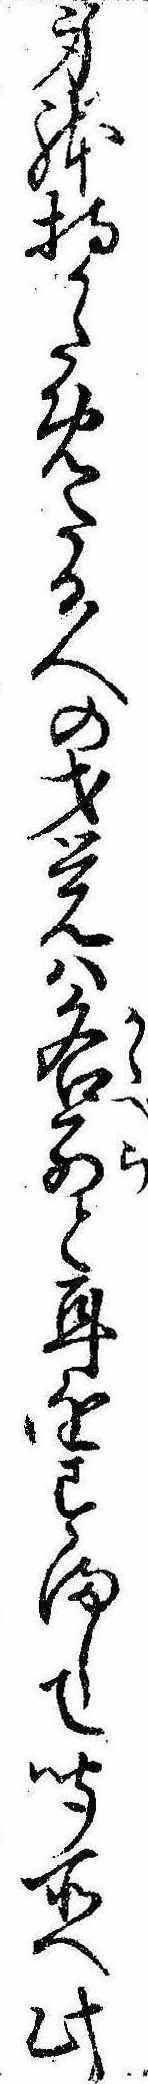
身体持かためたる人の才覚は各別と耳をすまして聞所へ此